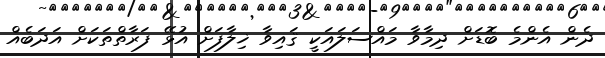
ދެން އެންމެ ބޮޑަށް ދިމާވާ މައްސަލައަކީ ޤައިވާ ޚިލާފަށް އުޅޭ ފަރާތްތަކަށް އަދަބެއް